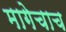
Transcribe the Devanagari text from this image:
मागेचाच